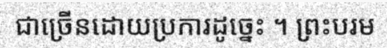
ជាច្រើនដោយប្រការដូច្នេះ ។ ព្រះបរម